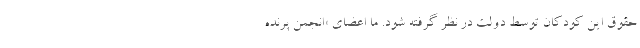
حقوق این کودکان توسط دولت در نظر گرفته شود. ما اعضای «انجمن پرنده